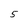
Character: 5